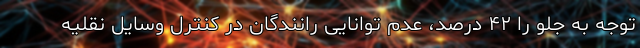
توجه به جلو را ۴۲ درصد، عدم توانایی رانندگان در کنترل وسایل نقلیه